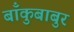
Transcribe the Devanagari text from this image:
बाँकुबाबुर